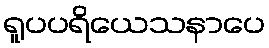
ရူပပရိယေသနာပေ